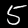
Label: 5